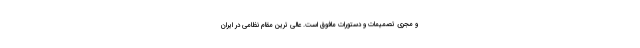
و مجری تصمیمات و دستورات مافوق است. عالی ترین مقام نظامی در ایران